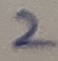
Text: 2